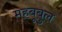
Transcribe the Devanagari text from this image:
महबूबुल